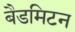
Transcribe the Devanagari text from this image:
बैडमिटन